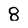
Character: 8